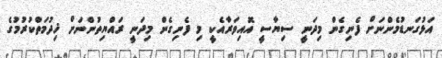
އަޅުގަނޑުމެންނަށް ފެނިގެން މިދަނީ ސިޔާސީ އޮއިވަރާއެކީ މި ފެނިގެން މިދަނީ ރައްޔިތުންނަށް ޚިދުމަތްކުރުމުގެ